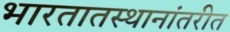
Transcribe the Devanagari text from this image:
भारतातस्थानांतरीत